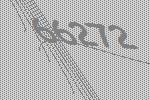
66272